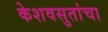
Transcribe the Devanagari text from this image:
केशवसुतांचा